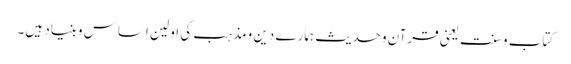
کتاب وسنت یعنی قرآن وحدیث ہمارے دین ومذہب کی اولین اساس وبنیاد ہیں۔